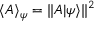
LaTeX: \langle A \rangle _ { \psi } = \| A | \psi \rangle \| ^ { 2 }